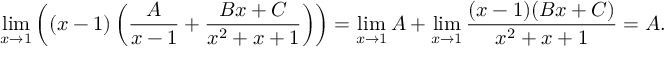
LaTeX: \operatorname* { l i m } _ { x \to 1 } \left( ( x - 1 ) \left( { \frac { A } { x - 1 } } + { \frac { B x + C } { x ^ { 2 } + x + 1 } } \right) \right) = \operatorname* { l i m } _ { x \to 1 } A + \operatorname* { l i m } _ { x \to 1 } { \frac { ( x - 1 ) ( B x + C ) } { x ^ { 2 } + x + 1 } } = A .